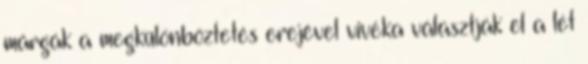
márgák a megkülönböztetés erejével vivéka választják el a lét